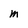
Character: m